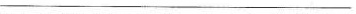
___